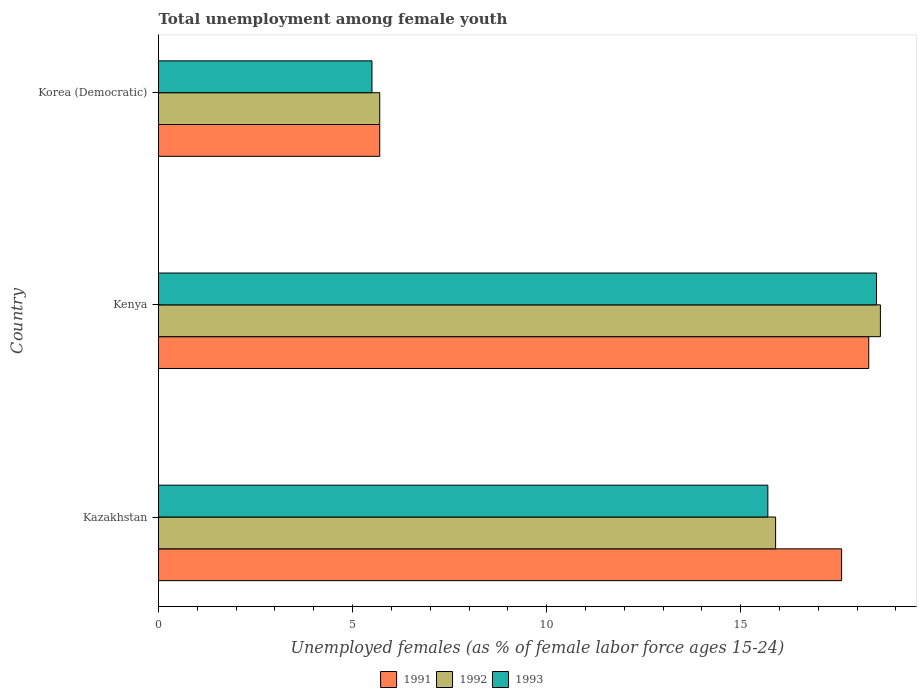
| Country | 1991 | 1992 | 1993 |
 | --- | --- | --- | --- |
 | Kazakhstan | 17.6 | 15.9 | 15.7 |
 | Kenya | 18.3 | 18.6 | 18.5 |
 | Korea (Democratic) | 5.7 | 5.7 | 5.5 |